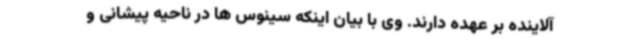
آلاینده بر عهده دارند. وی با بیان اینکه سینوس ها در ناحیه پیشانی و